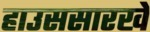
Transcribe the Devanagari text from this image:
हाउससारखे